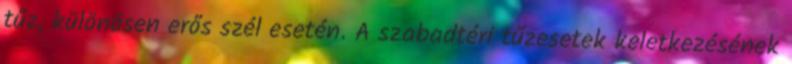
tűz, különösen erős szél esetén. A szabadtéri tűzesetek keletkezésének